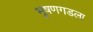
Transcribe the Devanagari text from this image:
भूषणगडला